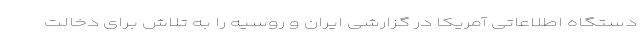
دستگاه اطلاعاتی آمریکا در گزارشی ایران و روسیه را به تلاش برای دخالت